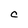
Character: C